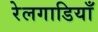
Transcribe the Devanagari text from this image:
रेलगाडियाँ